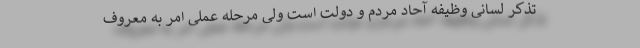
تذکر لسانی وظیفه آحاد مردم و دولت است ولی مرحله عملی امر به معروف